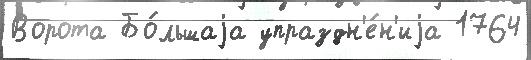
Ворота Бо́льшаjа упраздн'е́н'иjа 1764